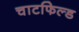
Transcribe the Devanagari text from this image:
चाटफिल्ड